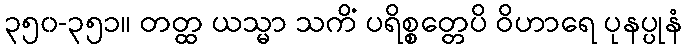
၃၅၀-၃၅၁။ တတ္ထ ယသ္မာ သကိံ ပရိစ္စတ္တေပိ ဝိဟာရေ ပုနပ္ပုနံ